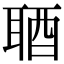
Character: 𨠧